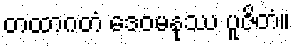
တထာဂတံ ဒေဝမနုဿ ပူဇိတံ။